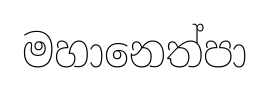
මහානෙත්පා